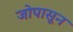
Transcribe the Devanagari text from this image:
जोपासून